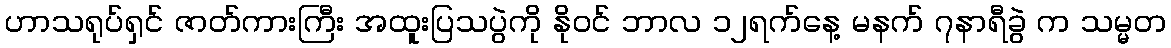
ဟာသရုပ်ရှင် ဇာတ်ကားကြီး အထူးပြသပွဲကို နိုဝင် ဘာလ ၁၂ရက်နေ့ မနက် ၇နာရီခွဲ က သမ္မတ